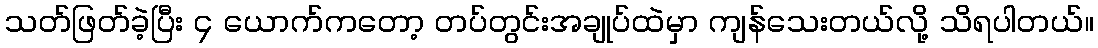
သတ်ဖြတ်ခဲ့ပြီး ၄ ယောက်ကတော့ တပ်တွင်းအချုပ်ထဲမှာ ကျန်သေးတယ်လို့ သိရပါတယ်။